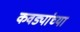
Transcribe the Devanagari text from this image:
कवड्यांच्‍या